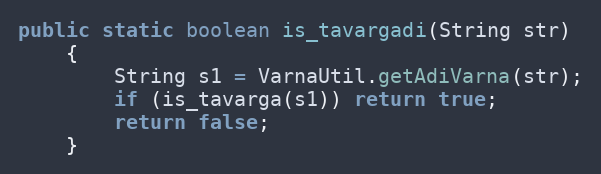
Language: Java
public static boolean is_tavargadi(String str)
    {
        String s1 = VarnaUtil.getAdiVarna(str);
        if (is_tavarga(s1)) return true;
        return false;
    }